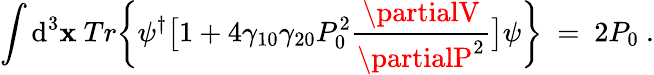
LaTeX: \int\mathrm{d}^{3}{\mathbf{x}}\ Tr\bigg\{ \psi^{\dagger}\big[1+4\gamma_{10}\gamma_{20}P_{0}^{2}\frac{{\partialV}}{{\partialP^{2}}}\big]\psi\bigg\} \ =\ 2P_{0}\ .